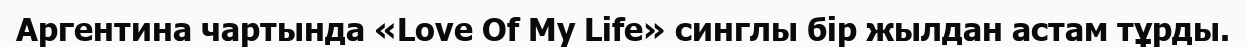
Аргентина чартында «Love Of My Life» синглы бір жылдан астам тұрды.